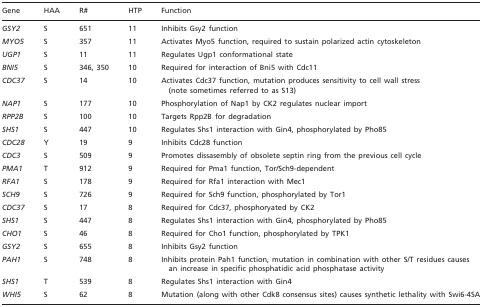
<table><thead><tr><td><b>Gene</b></td><td><b>HAA</b></td><td><b>R#</b></td><td><b>HTP</b></td><td><b>Function</b></td></tr></thead><tbody><tr><td><i>GSY2</i></td><td>S</td><td>651</td><td>11</td><td>Inhibits Gsy2 function</td></tr><tr><td><i>MYO5</i></td><td>S</td><td>357</td><td>11</td><td>Activates Myo5 function, required to sustain polarized actin cytoskeleton</td></tr><tr><td><i>UGP1</i></td><td>S</td><td>11</td><td>11</td><td>Regulates Ugp1 conformational state</td></tr><tr><td><i>BNI5</i></td><td>S</td><td>346, 350</td><td>10</td><td>Required for interaction of Bni5 with Cdc11</td></tr><tr><td><i>CDC37</i></td><td>S</td><td>14</td><td>10</td><td>Activates Cdc37 function, mutation produces sensitivity to cell wall stress (note sometimes referred to as S13)</td></tr><tr><td><i>NAP1</i></td><td>S</td><td>177</td><td>10</td><td>Phosphorylation of Nap1 by CK2 regulates nuclear import</td></tr><tr><td><i>RPP2B</i></td><td>S</td><td>100</td><td>10</td><td>Targets Rpp2B for degradation</td></tr><tr><td><i>SHS1</i></td><td>S</td><td>447</td><td>10</td><td>Regulates Shs1 interaction with Gin4, phosphorylated by Pho85</td></tr><tr><td><i>CDC28</i></td><td>Y</td><td>19</td><td>9</td><td>Inhibits Cdc28 function</td></tr><tr><td><i>CDC3</i></td><td>S</td><td>509</td><td>9</td><td>Promotes dissasembly of obsolete septin ring from the previous cell cycle</td></tr><tr><td><i>PMA1</i></td><td>T</td><td>912</td><td>9</td><td>Required for Pma1 function, Tor/Sch9-dependent</td></tr><tr><td><i>RFA1</i></td><td>S</td><td>178</td><td>9</td><td>Required for Rfa1 interaction with Mec1</td></tr><tr><td><i>SCH9</i></td><td>S</td><td>726</td><td>9</td><td>Required for Sch9 function, phosphorylated by Tor1</td></tr><tr><td><i>CDC37</i></td><td>S</td><td>17</td><td>8</td><td>Required for Cdc37, phosphoryated by CK2</td></tr><tr><td><i>SHS1</i></td><td>S</td><td>447</td><td>8</td><td>Regulates Shs1 interaction with Gin4, phosphorylated by Pho85</td></tr><tr><td><i>CHO1</i></td><td>S</td><td>46</td><td>8</td><td>Required for Cho1 function, phosphorylated by TPK1</td></tr><tr><td><i>GSY2</i></td><td>S</td><td>655</td><td>8</td><td>Inhibits Gsy2 function</td></tr><tr><td><i>PAH1</i></td><td>S</td><td>748</td><td>8</td><td>Inhibits protein Pah1 function, mutation in combination with other S/T residues causes an increase in specific phosphatidic acid phosphatase activity</td></tr><tr><td><i>SHS1</i></td><td>T</td><td>539</td><td>8</td><td>Regulates Shs1 interaction with Gin4</td></tr><tr><td><i>WHI5</i></td><td>S</td><td>62</td><td>8</td><td>Mutation (along with other Cdk8 consensus sites) causes synthetic lethality with Swi6-4SA</td></tr></tbody></table>